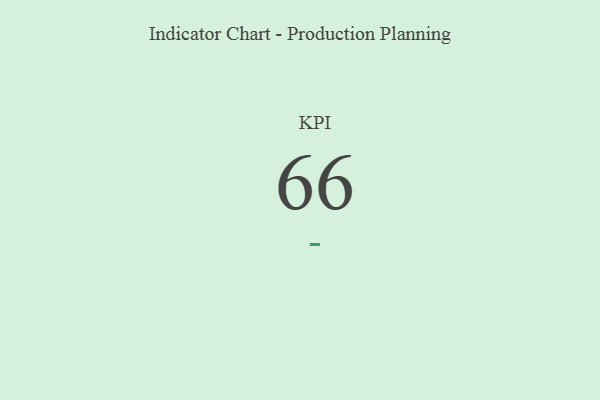
{"axis": {"x": "KPI", "y": "Value"}, "legend": [""], "data": [{"x": "KPI", "y": 66, "type": ""}]}